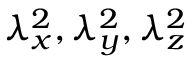
\lambda _ { x } ^ { 2 } , \lambda _ { y } ^ { 2 } , \lambda _ { z } ^ { 2 }